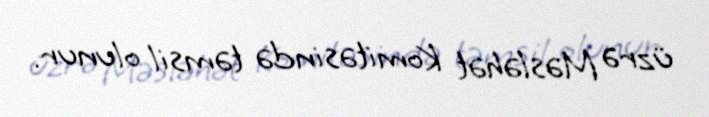
üzrə Məsləhət Komitəsində təmsil olunur.